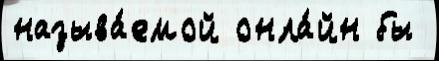
называ́емой онла́йн бы